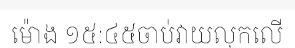
ម៉ោង ១៥:៤៥ចាប់វាយលុកលើ